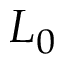
L _ { 0 }